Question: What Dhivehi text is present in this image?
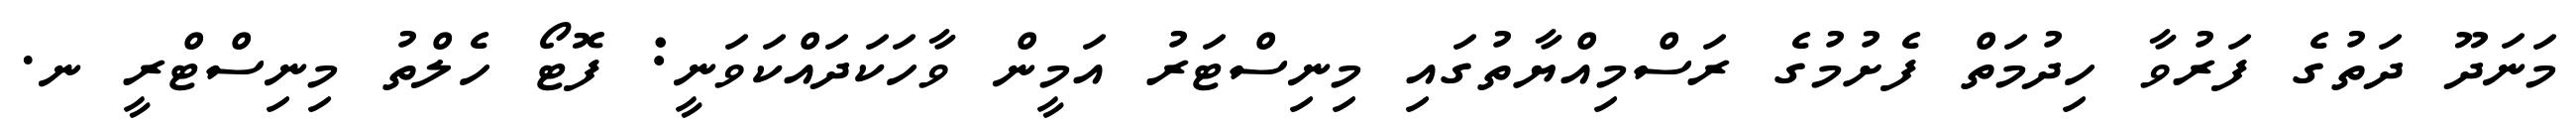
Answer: މަނަދޫ ދަތުގެ ފަރުވާ ހިދުމަތް ފެށުމުގެ ރަސްމިއްޔާތުގައި މިނިސްޓަރު އަމީން ވާހަކަދައްކަވަނީ: ފޮޓޯ ހެލްތު މިނިސްޓްރީ ނ.